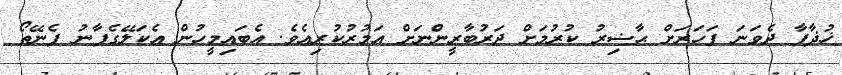
ޚުޛާފާ ދެވަނަ ފަހަރަށް ޙާޟިރު ކުރުމަށް ދަރުބާރީންނަށް އަމުރުކުރިއެވެ. އެބައިމީހުން އެކަލޭގެފާނު ފެނޭތޯ